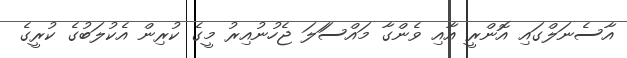
އާސެނަލްގައި އޮންރީ އާއި ވެންގާ މައްސަަލަ ޖެހުނުއިރު މީގެ ކުރިން އެކުލަބުގެ ކުރީގެ